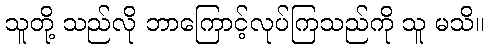
သူတို့ သည်လို ဘာကြောင့်လုပ်ကြသည်ကို သူ မသိ။